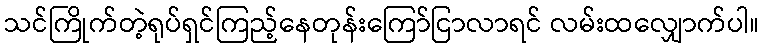
သင်ကြိုက်တဲ့ရုပ်ရှင်ကြည့်နေတုန်းကြော်ငြာလာရင် လမ်းထလျှောက်ပါ။